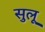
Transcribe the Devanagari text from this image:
सुलू